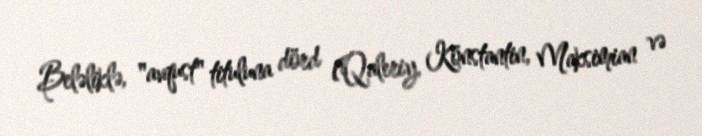
Beləliklə, "avqust" tituluna dörd (Qaleriy, Konstantin, Maksimian və